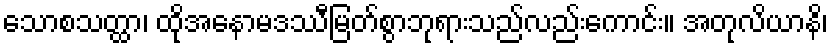
သောစသတ္ထာ၊ ထိုအနောမဒဿီမြတ်စွာဘုရားသည်လည်းကောင်း။ အတုလိယာနိ၊